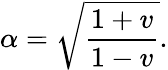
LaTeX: \alpha=\sqrt{\frac{1+v}{1-v}}.